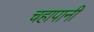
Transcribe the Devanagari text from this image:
चहापानी